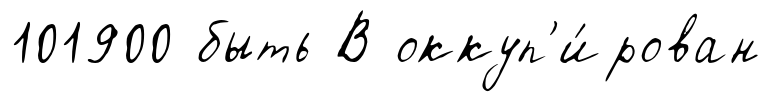
101900 быть В оккуп'и́рован